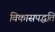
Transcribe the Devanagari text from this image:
विकासपद्धति